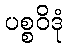
ပစ္စဝိဒုံ